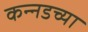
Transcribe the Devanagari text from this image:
कन्‍नडच्या